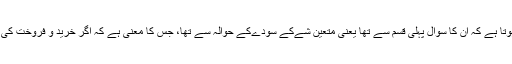
مذکورہ روایت میں سیدنا حزام رضی اللہ عنہ کے سوال سے یہی ظاہر ہوتا ہے کہ اُن کا سوال پہلی قسم سے تھا یعنی متعین شےکے سودےکے حوالہ سے تھا، جس کا معنی ہے کہ اگر خرید و فروخت کی جانے والی چیزمتعیّن ہوتو ایسا سودا ملکیتِ کاملہ سے پہلے جائز نہیں ۔